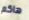
هاكم